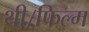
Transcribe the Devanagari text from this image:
थी।फिल्म